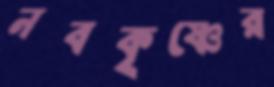
নবকৃষ্ণের